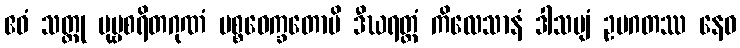
ဧဝံ သတ္ထု ပုဗ္ဗစရိတဂုဏံ ပစ္စဝေက္ခတောပိ ဒီဃရတ္တံ ကိလေသာနံ ဒါသဗျံ ဥပဂတဿ နေဝ